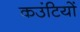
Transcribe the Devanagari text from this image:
कउंटियों